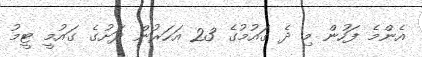
އެންމެ ފަހުން މި ދެ ގައުމުގެ 23 އަހަރުން ދަށުގެ ގައުމީ ޓީމު